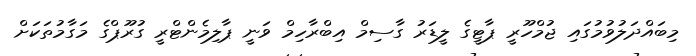
މިބައްދަލުވުމުގައި ޖުމްހޫރީ ޕާޓީގެ ލީޑަރު ގާސިމް އިބްރާހިމް ވަނީ ޕާލިމެންޓްރީ ގުރޫޕްގެ މަގާމުތަކަށް